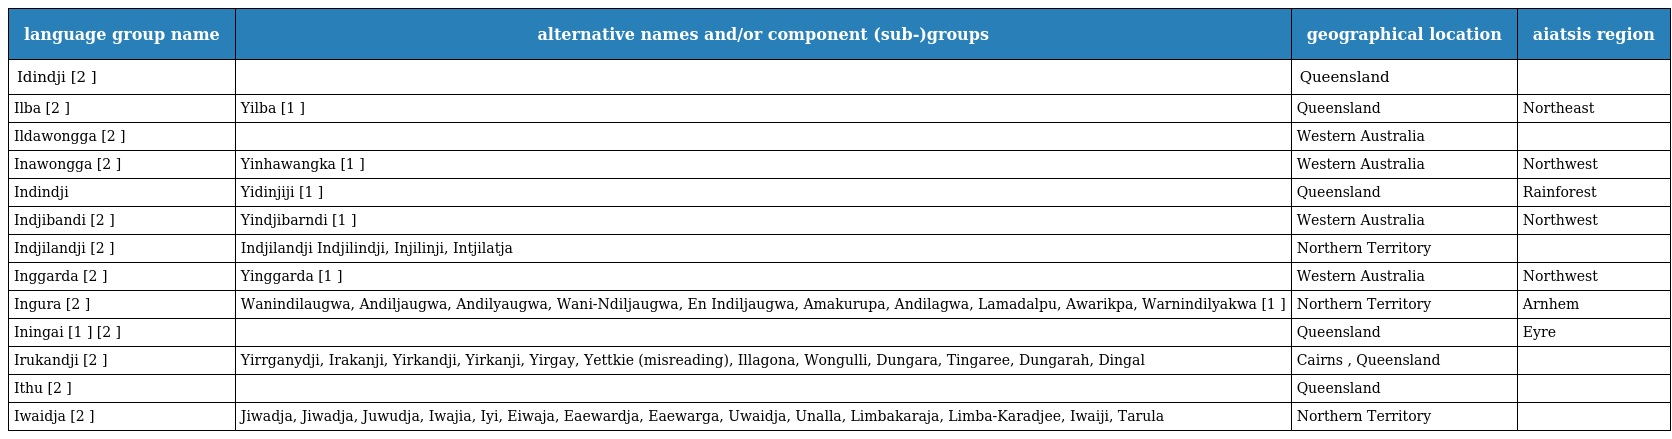
| language group name | alternative names and/or component (sub-)groups | geographical location | aiatsis region |
 | --- | --- | --- | --- |
 | Idindji [2 ] |  | Queensland |  |
 | Ilba [2 ] | Yilba [1 ] | Queensland | Northeast |
 | Ildawongga [2 ] |  | Western Australia |  |
 | Inawongga [2 ] | Yinhawangka [1 ] | Western Australia | Northwest |
 | Indindji | Yidinjiji [1 ] | Queensland | Rainforest |
 | Indjibandi [2 ] | Yindjibarndi [1 ] | Western Australia | Northwest |
 | Indjilandji [2 ] | Indjilandji Indjilindji, Injilinji, Intjilatja | Northern Territory |  |
 | Inggarda [2 ] | Yinggarda [1 ] | Western Australia | Northwest |
 | Ingura [2 ] | Wanindilaugwa, Andiljaugwa, Andilyaugwa, Wani-Ndiljaugwa, En Indiljaugwa, Amakurupa, Andilagwa, Lamadalpu, Awarikpa, Warnindilyakwa [1 ] | Northern Territory | Arnhem |
 | Iningai [1 ] [2 ] |  | Queensland | Eyre |
 | Irukandji [2 ] | Yirrganydji, Irakanji, Yirkandji, Yirkanji, Yirgay, Yettkie (misreading), Illagona, Wongulli, Dungara, Tingaree, Dungarah, Dingal | Cairns , Queensland |  |
 | Ithu [2 ] |  | Queensland |  |
 | Iwaidja [2 ] | Jiwadja, Jiwadja, Juwudja, Iwajia, Iyi, Eiwaja, Eaewardja, Eaewarga, Uwaidja, Unalla, Limbakaraja, Limba-Karadjee, Iwaiji, Tarula | Northern Territory |  |